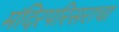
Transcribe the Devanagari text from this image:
मंदिरपरिसराचा